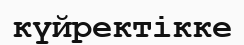
күйректікке